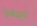
اصغوا